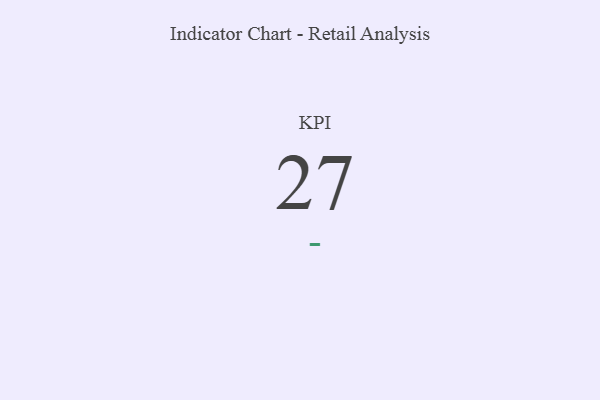
{"axis": {"x": "KPI", "y": "Value"}, "legend": [""], "data": [{"x": "KPI", "y": 27, "type": ""}]}